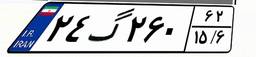
۳۷گ۵۳۹۱۵